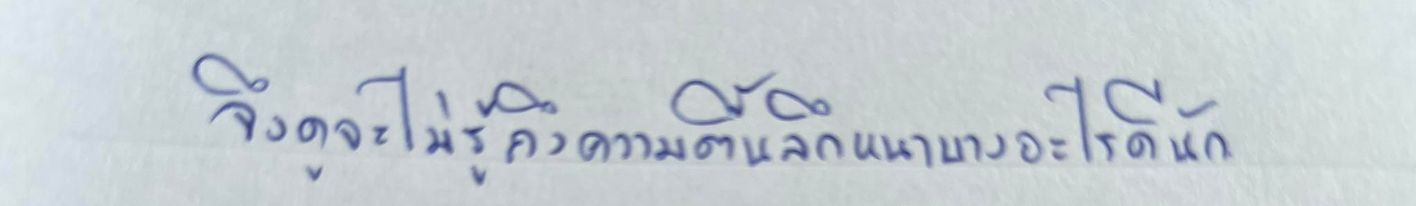
จึงดูจะไม่รู้ถึงความตื้นลึกหนาบางอะไรดีนัก